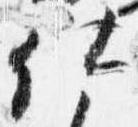
仕